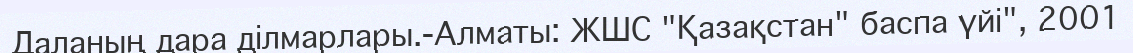
Даланың дара ділмарлары.-Алматы: ЖШС "Қазақстан" баспа үйі", 2001